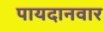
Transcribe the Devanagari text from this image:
पायदानवार